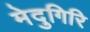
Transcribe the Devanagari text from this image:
मेदुगिरि